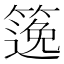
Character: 𥱃